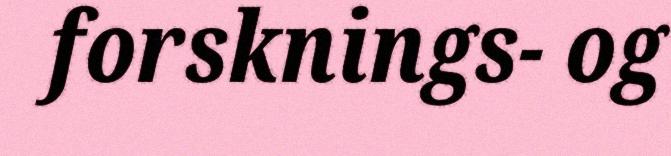
forsknings- og